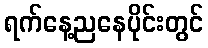
ရက်နေ့ညနေပိုင်းတွင်